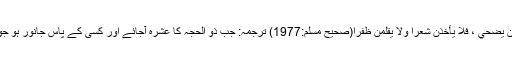
نبی ﷺ کا فرمان ہے : إذا دخل العَشْرُ ، وعندَهُ أضحيةٌ ، يريدُ أن يُضحِّي ، فلا يأخذَنَّ شعرًا ولا يُقَلِّمَنَّ ظفرًا(صحيح مسلم:1977) ترجمہ: جب ذو الحجہ کا عشرہ آجائے اور کسی کے پاس جانور ہو جو اس کی قربانی دینا چاہتا ہو تو اپنے بال اور ناخن نہ کاٹے۔